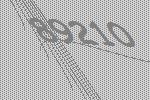
89210